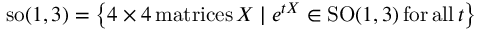
\mathrm { s o } ( 1 , 3 ) = \left\{ 4 \times 4 \, \mathrm { m a t r i c e s } \, X \mid e ^ { t X } \in \mathrm { S O } ( 1 , 3 ) \, \mathrm { f o r } \, \mathrm { a l l } \, t \right\}